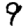
Digit: 9